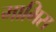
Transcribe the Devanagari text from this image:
मामिस